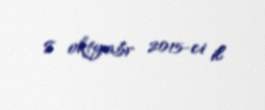
8 oktyabr 2015-ci il